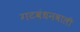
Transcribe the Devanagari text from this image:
गटबंधनवाली